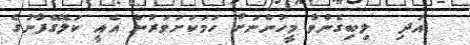
އަދި  ލިބިގެންވާ މީހުންނަށް ހަމަކަށަވަރުން އެއީ ކަލޭގެފާނުގެ